65_HS1-834228961_62-HQ-83894_Section_8
Agency: FBI
Page 71
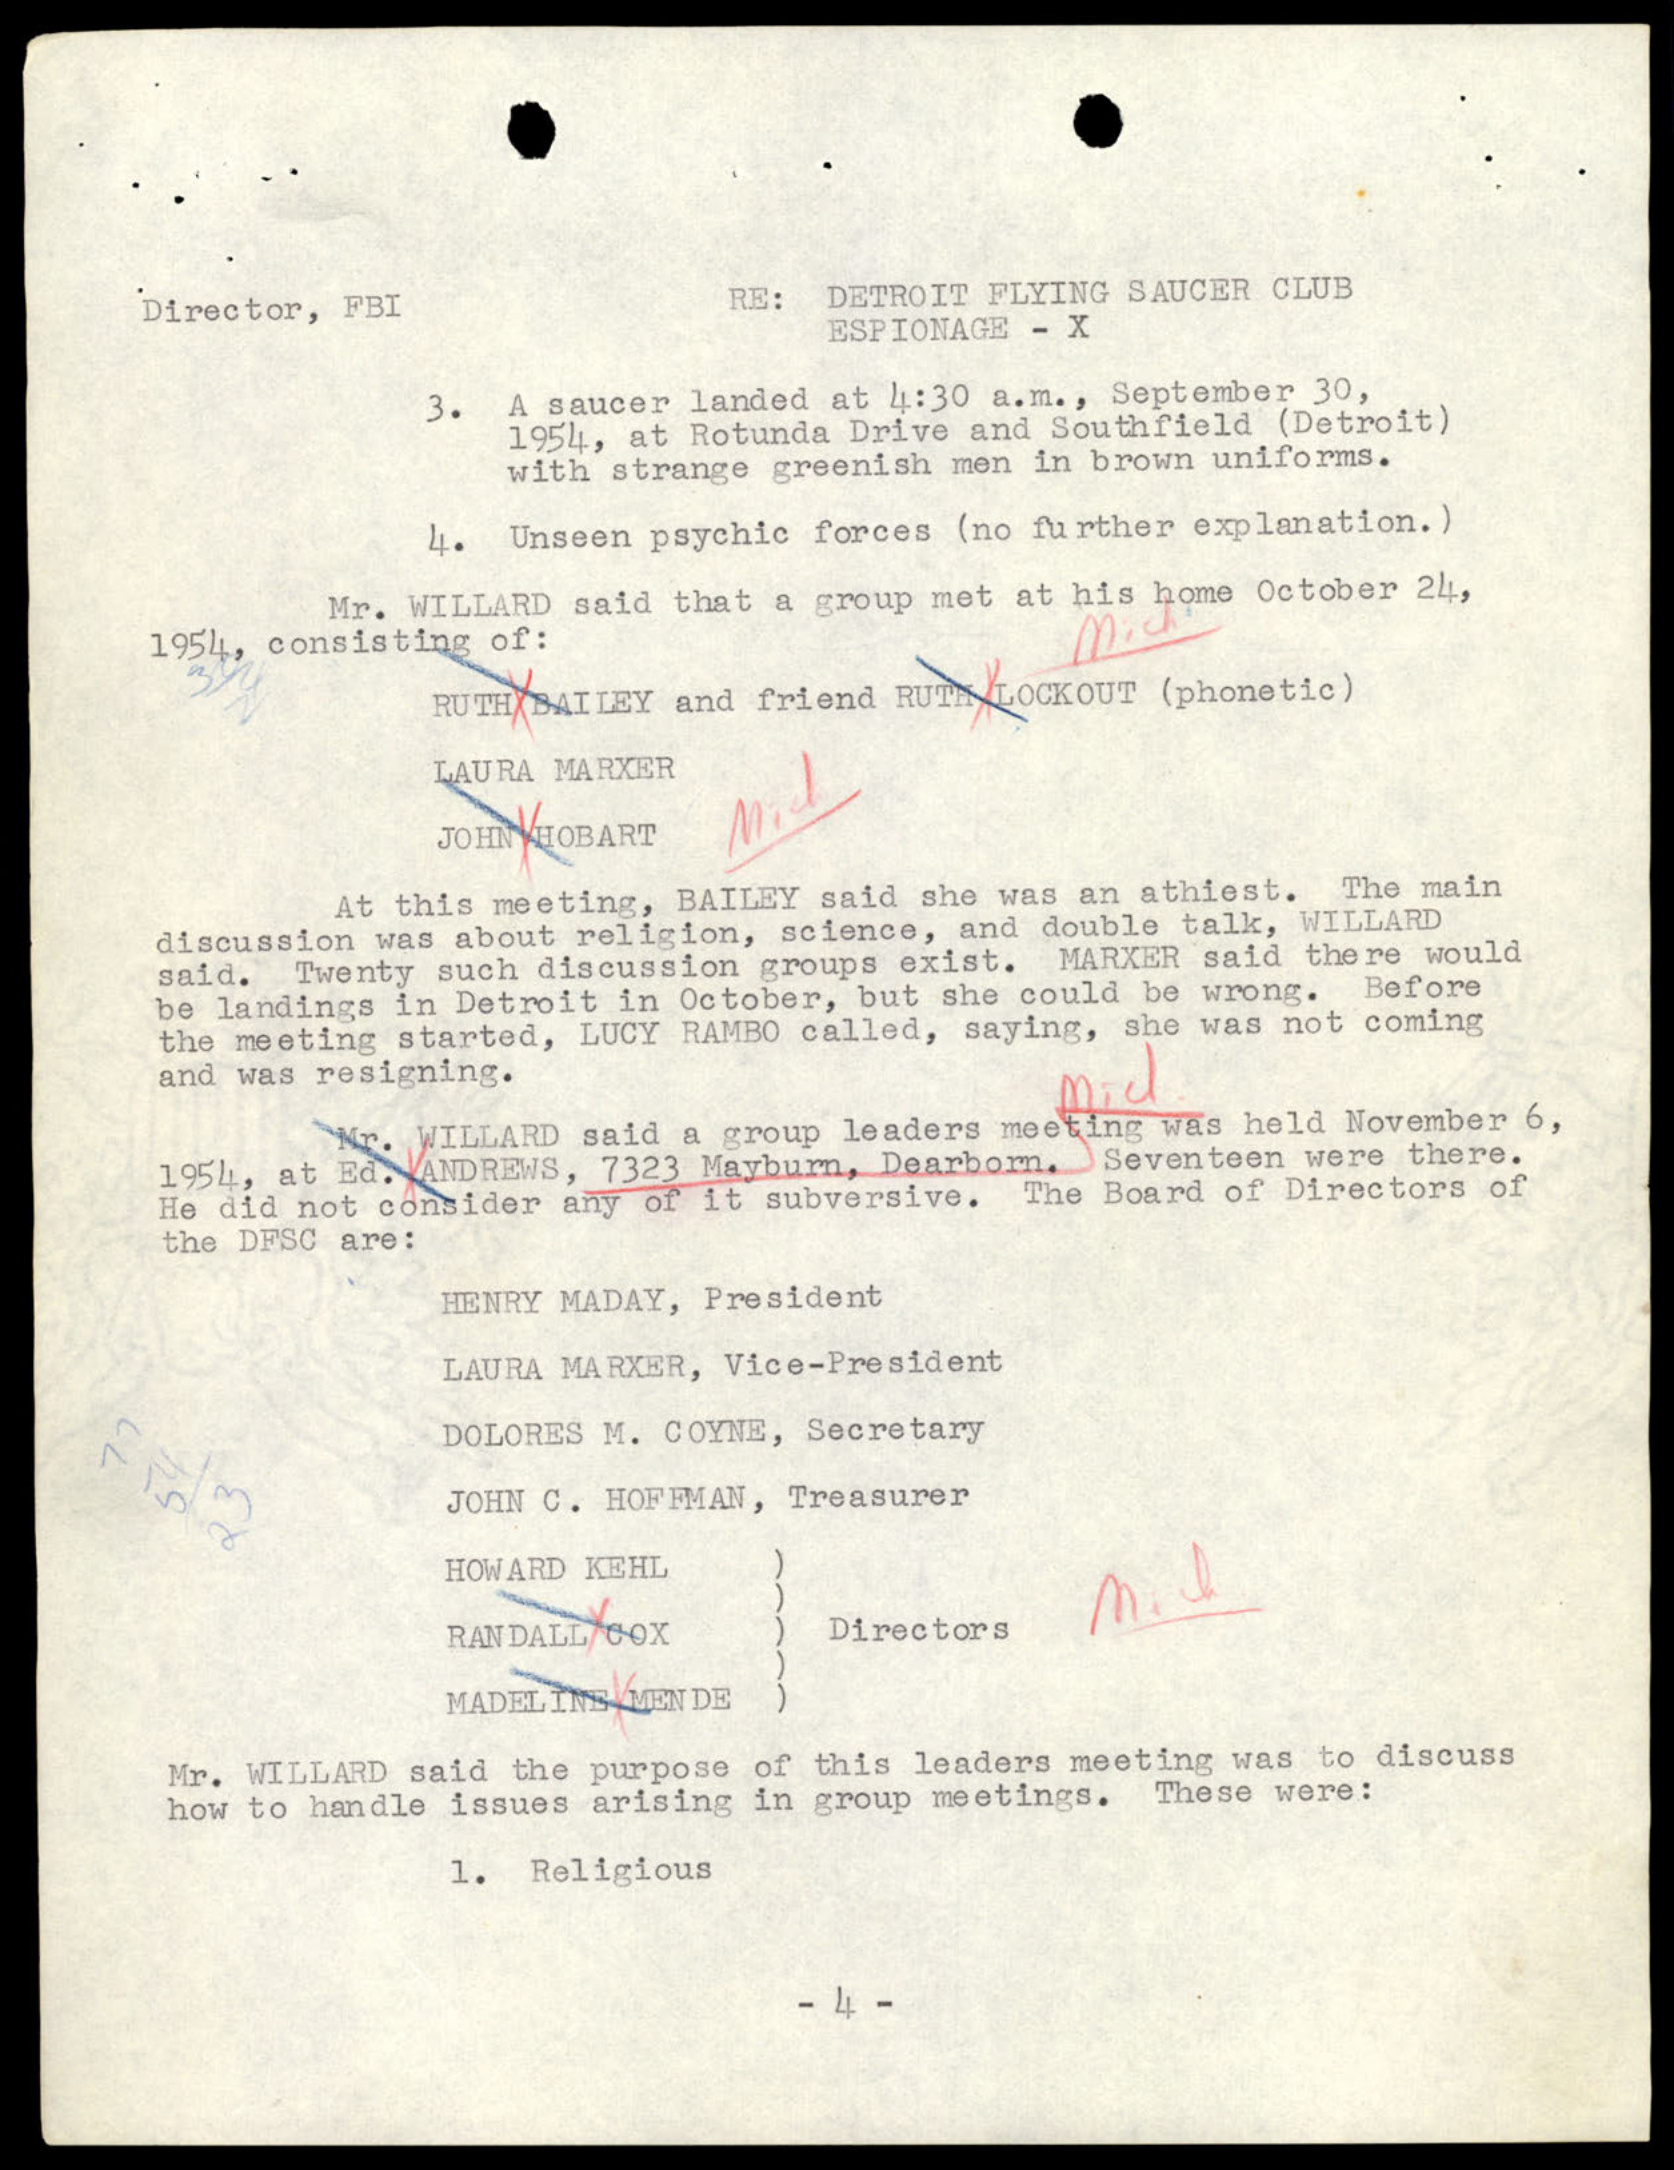